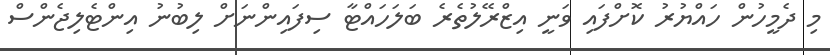
މި ދެމީހުން ހައްޔުރު ކޮށްފައި ވަނީ އިޒްރޭލުތެރެ ބަލަހައްޓާ ސިފައިންނަށް ލިބުނު އިންޓެލިޖެންސް